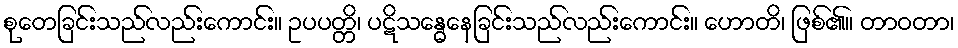
စုတေခြင်းသည်လည်းကောင်း။ ဥပပတ္တိ၊ ပဋိသန္ဓေနေခြင်းသည်လည်းကောင်း။ ဟောတိ၊ ဖြစ်၏။ တာဝတာ၊